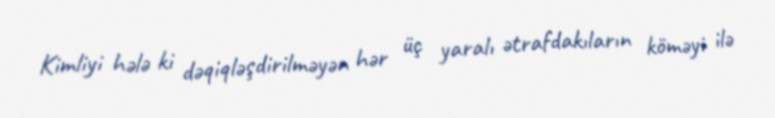
Kimliyi hələ ki dəqiqləşdirilməyən hər üç yaralı ətrafdakıların köməyi ilə